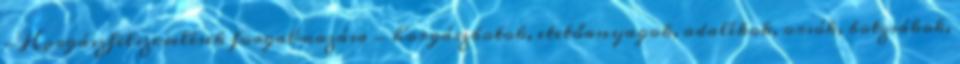
- Horgászfelszerelések forgalmazása - horgászbotok, etetőanyagok, adalékok, orsók, botzsákok,